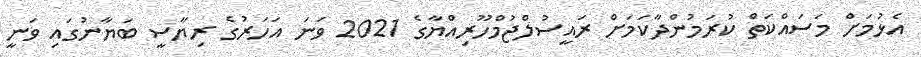
އެޅުމަށް މަސައްކަތް ކުރަމުންދާކަމަށް ރައީސުލްޖުމްހޫރިއްޔާގެ 2021 ވަނަ އަހަރުގެ ރިޔާސީ ބަޔާނުގައި ވަނީ